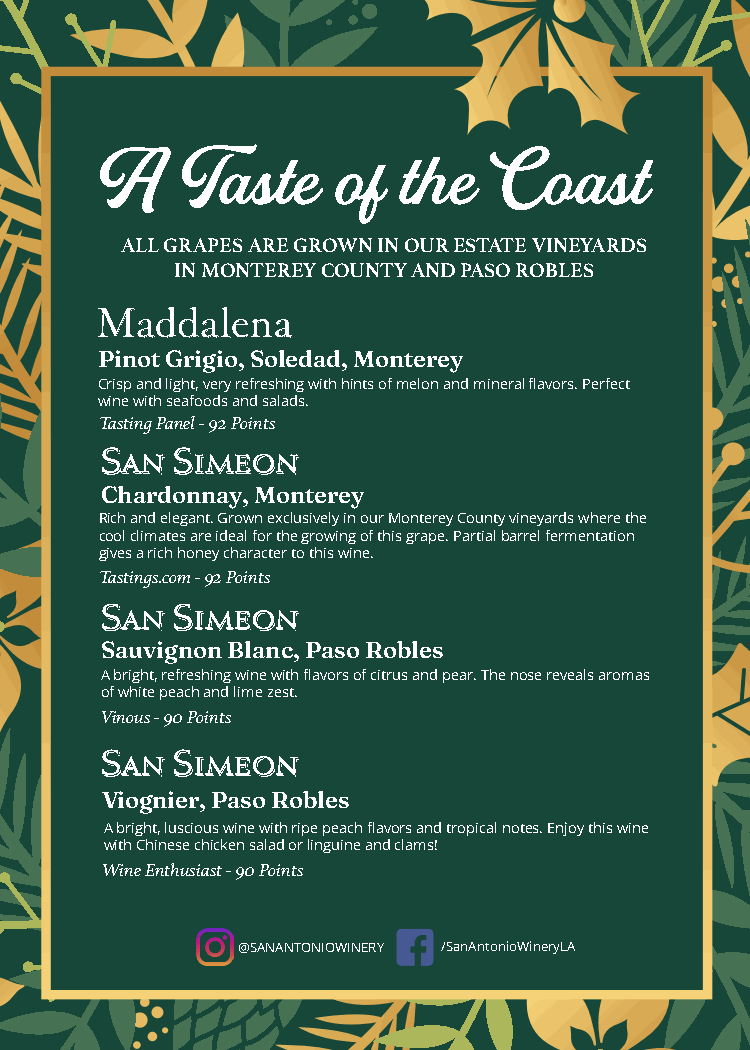
A     Taste     of   the   Coast
 ALL GRAPES ARE GROWN IN OUR ESTATE VINEYARDS
 IN MONTEREY COUNTY AND PASO ROBLES
 Pinot Grigio, Soledad, Monterey
 Crisp and light, very refreshing with hints of melon and mineral flavors. Perfect
 wine with seafoods and salads.
 Tasting Panel - 92 Points
 Chardonnay, Monterey
 Rich and elegant. Grown exclusively in our Monterey County vineyards where the
 cool climates are ideal for the growing of this grape. Partial barrel fermentation
 gives a rich honey character to this wine.
 Tastings.com - 92 Points
 Sauvignon Blanc, Paso Robles
 A bright, refreshing wine with flavors of citrus and pear. The nose reveals aromas
 of white peach and lime zest.
 Vinous - 90 Points
 Viognier, Paso Robles
 A bright, luscious wine with ripe peach flavors and tropical notes. Enjoy this wine
 with Chinese chicken salad or linguine and clams!
 Wine Enthusiast - 90 Points
 @SANANTONIOWINERY /SanAntonioWineryLA